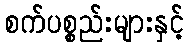
စက်ပစ္စည်းများနှင့်